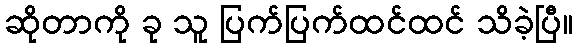
ဆိုတာကို ခု သူ ပြက်ပြက်ထင်ထင် သိခဲ့ပြီ။